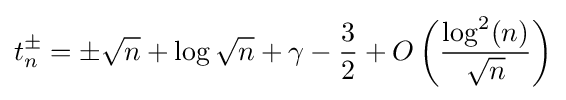
t_{n}^{\pm }=\pm {\sqrt {n}}+\log {\sqrt {n}}+\gamma -{\frac {3}{2}}+O\left({\frac {\log ^{2}(n)}{\sqrt {n}}}\right)